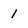
Character: 1